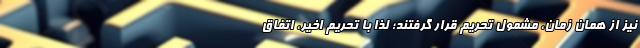
نیز از همان زمان، مشمول تحریم قرار گرفتند؛ لذا با تحریم اخیر، اتفاق